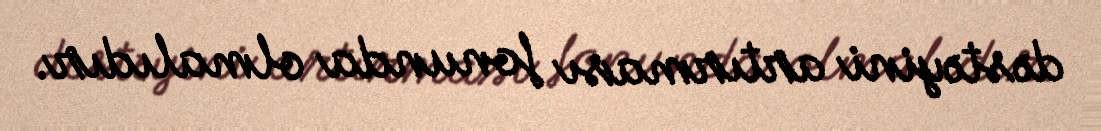
dəstəyini artırması fonunda olmalıdır.